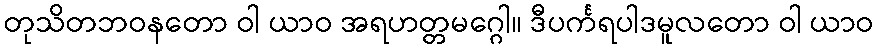
တုသိတဘဝနတော ဝါ ယာဝ အရဟတ္တမဂ္ဂေါ။ ဒီပင်္ကရပါဒမူလတော ဝါ ယာဝ